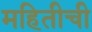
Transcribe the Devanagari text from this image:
महितीची